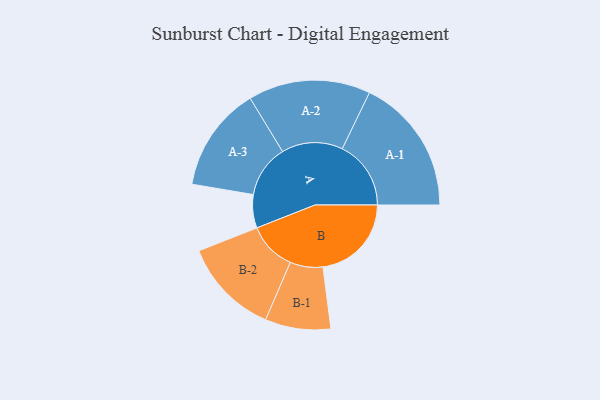
{"axis": {"x": "Segment", "y": "Value"}, "legend": ["", "A", "B"], "data": [{"x": "A", "y": 128, "type": ""}, {"x": "B", "y": 340, "type": ""}, {"x": "A-1", "y": 264, "type": "A"}, {"x": "A-2", "y": 235, "type": "A"}, {"x": "A-3", "y": 202, "type": "A"}, {"x": "B-1", "y": 126, "type": "B"}, {"x": "B-2", "y": 186, "type": "B"}]}